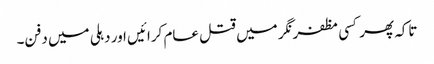
تاکہ پھر کسی مظفرنگر میں قتل عام کرائیں اور دہلی میں دفن۔